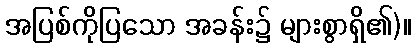
အပြစ်ကိုပြသော အခန်း၌ များစွာရှိ၏)။